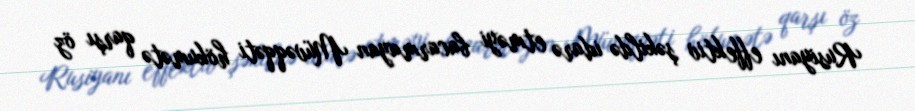
Rusiyanı effektiv şəkildə idarə etməyi bacarmayan Müvəqqəti hökumətə qarşı öz